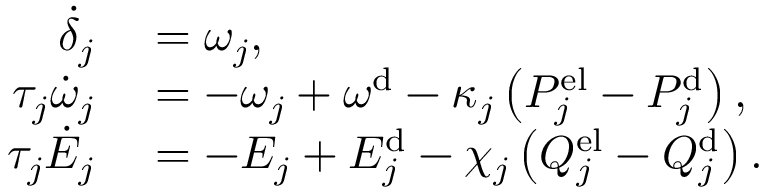
\begin{array} { r l } { \dot { \delta } _ { j } } & { { } = \omega _ { j } , } \\ { \tau _ { j } \dot { \omega } _ { j } } & { { } = - \omega _ { j } + \omega ^ { \mathrm { d } } - \kappa _ { j } \left( P _ { j } ^ { \mathrm { e l } } - P _ { j } ^ { \mathrm { d } } \right) , } \\ { \tau _ { j } \dot { E } _ { j } } & { { } = - E _ { j } + E _ { j } ^ { \mathrm { d } } - \chi _ { j } \left( Q _ { j } ^ { \mathrm { e l } } - Q _ { j } ^ { \mathrm { d } } \right) . } \end{array}